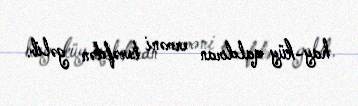
hay-küy qaldıran erməni tərəfdən gəlib.